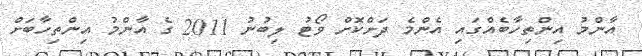
އާންމު އިންތިހާބެއްގައި އެންމެ ދަށްކޮށް ވޯޓު ލިބުނު 2011 ގެ އާންމު އިންތިހާބަށް